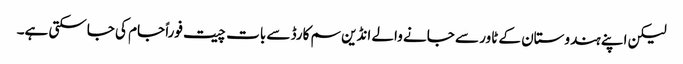
لیکن اپنے ہندوستان کے ٹاور سے جانے والے انڈین سم کارڈ سے بات چیت فوراً جام کی جاسکتی ہے۔